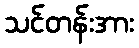
သင်တန်းအား